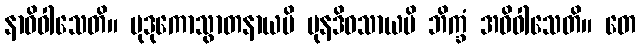
နာဓိဝါသေတိ။ မုဒုကောသွာတနာယပိ ပုနဒိဝသာယပိ ဘိက္ခံ အဓိဝါသေတိ။ တေ